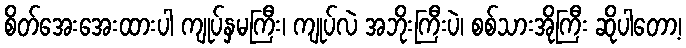
စိတ်အေးအေးထားပါ ကျုပ်နှမကြီး၊ ကျုပ်လဲ အဘိုးကြီးပဲ၊ စစ်သားအိုကြီး ဆိုပါတော့၊